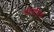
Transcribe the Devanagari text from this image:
गोलमिर्च